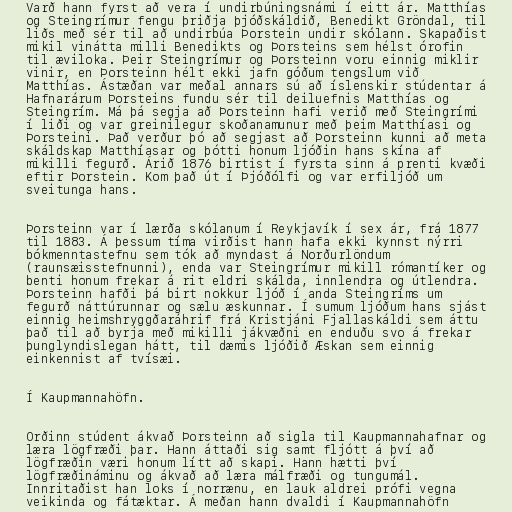
Varð hann fyrst að vera í undirbúningsnámi í eitt ár. Matthías
og Steingrímur fengu þriðja þjóðskáldið, Benedikt Gröndal, til
liðs með sér til að undirbúa Þorstein undir skólann. Skapaðist
mikil vinátta milli Benedikts og Þorsteins sem hélst órofin
til æviloka. Þeir Steingrímur og Þorsteinn voru einnig miklir
vinir, en Þorsteinn hélt ekki jafn góðum tengslum við
Matthías. Ástæðan var meðal annars sú að íslenskir stúdentar á
Hafnarárum Þorsteins fundu sér til deiluefnis Matthías og
Steingrím. Má þá segja að Þorsteinn hafi verið með Steingrími
í liði og var greinilegur skoðanamunur með þeim Matthíasi og
Þorsteini. Það verður þó að segjast að Þorsteinn kunni að meta
skáldskap Matthíasar og þótti honum ljóðin hans skína af
mikilli fegurð. Árið 1876 birtist í fyrsta sinn á prenti kvæði
eftir Þorstein. Kom það út í Þjóðólfi og var erfiljóð um
sveitunga hans.

Þorsteinn var í lærða skólanum í Reykjavík í sex ár, frá 1877
til 1883. Á þessum tíma virðist hann hafa ekki kynnst nýrri
bókmenntastefnu sem tók að myndast á Norðurlöndum
(raunsæisstefnunni), enda var Steingrímur mikill rómantíker og
benti honum frekar á rit eldri skálda, innlendra og útlendra.
Þorsteinn hafði þá birt nokkur ljóð í anda Steingríms um
fegurð náttúrunnar og sælu æskunnar. Í sumum ljóðum hans sjást
einnig heimshryggðaráhrif frá Kristjáni Fjallaskáldi sem áttu
það til að byrja með mikilli jákvæðni en enduðu svo á frekar
þunglyndislegan hátt, til dæmis ljóðið Æskan sem einnig
einkennist af tvísæi.

Í Kaupmannahöfn.

Orðinn stúdent ákvað Þorsteinn að sigla til Kaupmannahafnar og
læra lögfræði þar. Hann áttaði sig samt fljótt á því að
lögfræðin væri honum lítt að skapi. Hann hætti því
lögfræðináminu og ákvað að læra málfræði og tungumál.
Innritaðist han loks í norrænu, en lauk aldrei prófi vegna
veikinda og fátæktar. Á meðan hann dvaldi í Kaupmannahöfn